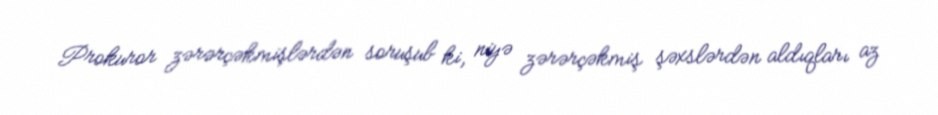
Prokuror zərərçəkmişlərdən soruşub ki, niyə zərərçəkmiş şəxslərdən aldıqları az